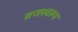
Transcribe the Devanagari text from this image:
व्रजस्वरूप